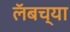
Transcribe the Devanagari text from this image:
लॅबच्या